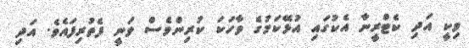
ވިކީ އަދި ކެޓްރީނާ އެކުގައި އުޅޭކަމުގެ ވާހަކަ ކުރިންވެސް ވަނީ ފެތުރިފައެވެ. އަދި